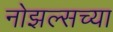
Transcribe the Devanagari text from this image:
नोझल्सच्या